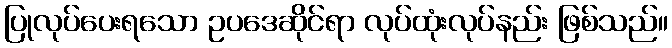
ပြုလုပ်ပေးရသော ဥပဒေဆိုင်ရာ လုပ်ထုံးလုပ်နည်း ဖြစ်သည်။